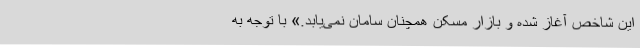
این شاخص آغاز شده و بازار مسکن همچنان سامان نمی‌یابد.» با توجه به